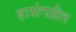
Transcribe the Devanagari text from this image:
हासंगठीत